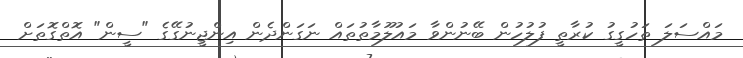
މައްސަލަ ތަހުގީގު ކުރާތީ ފުލުހުން ބޭނުންވާ މައުލޫމާތުތައް ނަގަންދެން އިންޖީނުގޭގެ "ސީން" އޮތްގޮތަށް